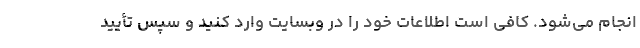
انجام می‌شود. کافی است اطلاعات خود را در وبسایت وارد کنید و سپس تأیید